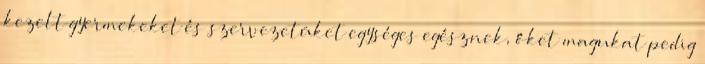
kezelt gyermekeket és szervezetüket egységes egésznek, őket magukat pedig